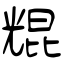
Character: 尡